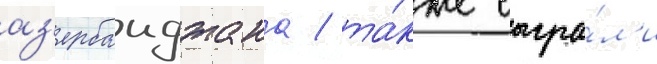
аз'ербаиджана / та́кже сыгра́л'и